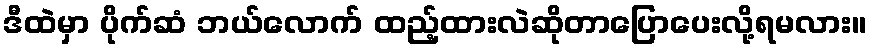
ဒီထဲမှာ ပိုက်ဆံ ဘယ်လောက် ထည့်ထားလဲဆိုတာပြောပေးလို့ရမလား။